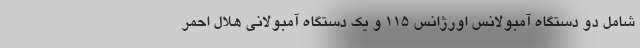
شامل دو دستگاه آمبولانس اورژانس 115 و یک دستگاه آمبولانی هلال احمر